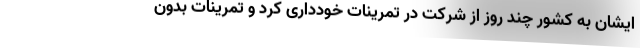
ایشان به کشور چند روز از شرکت در تمرینات خودداری کرد و تمرینات بدون